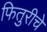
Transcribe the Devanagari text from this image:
फितुरीचे